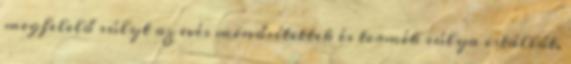
megfelelő súlyt az evés minősítettek és termék súlya istállót.